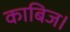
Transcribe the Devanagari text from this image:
काबिज।